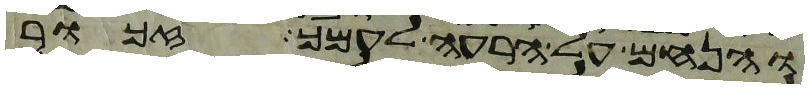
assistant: והנחם על הרעה לעמך זכור